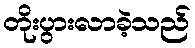
တိုးပွားလာခဲ့သည်